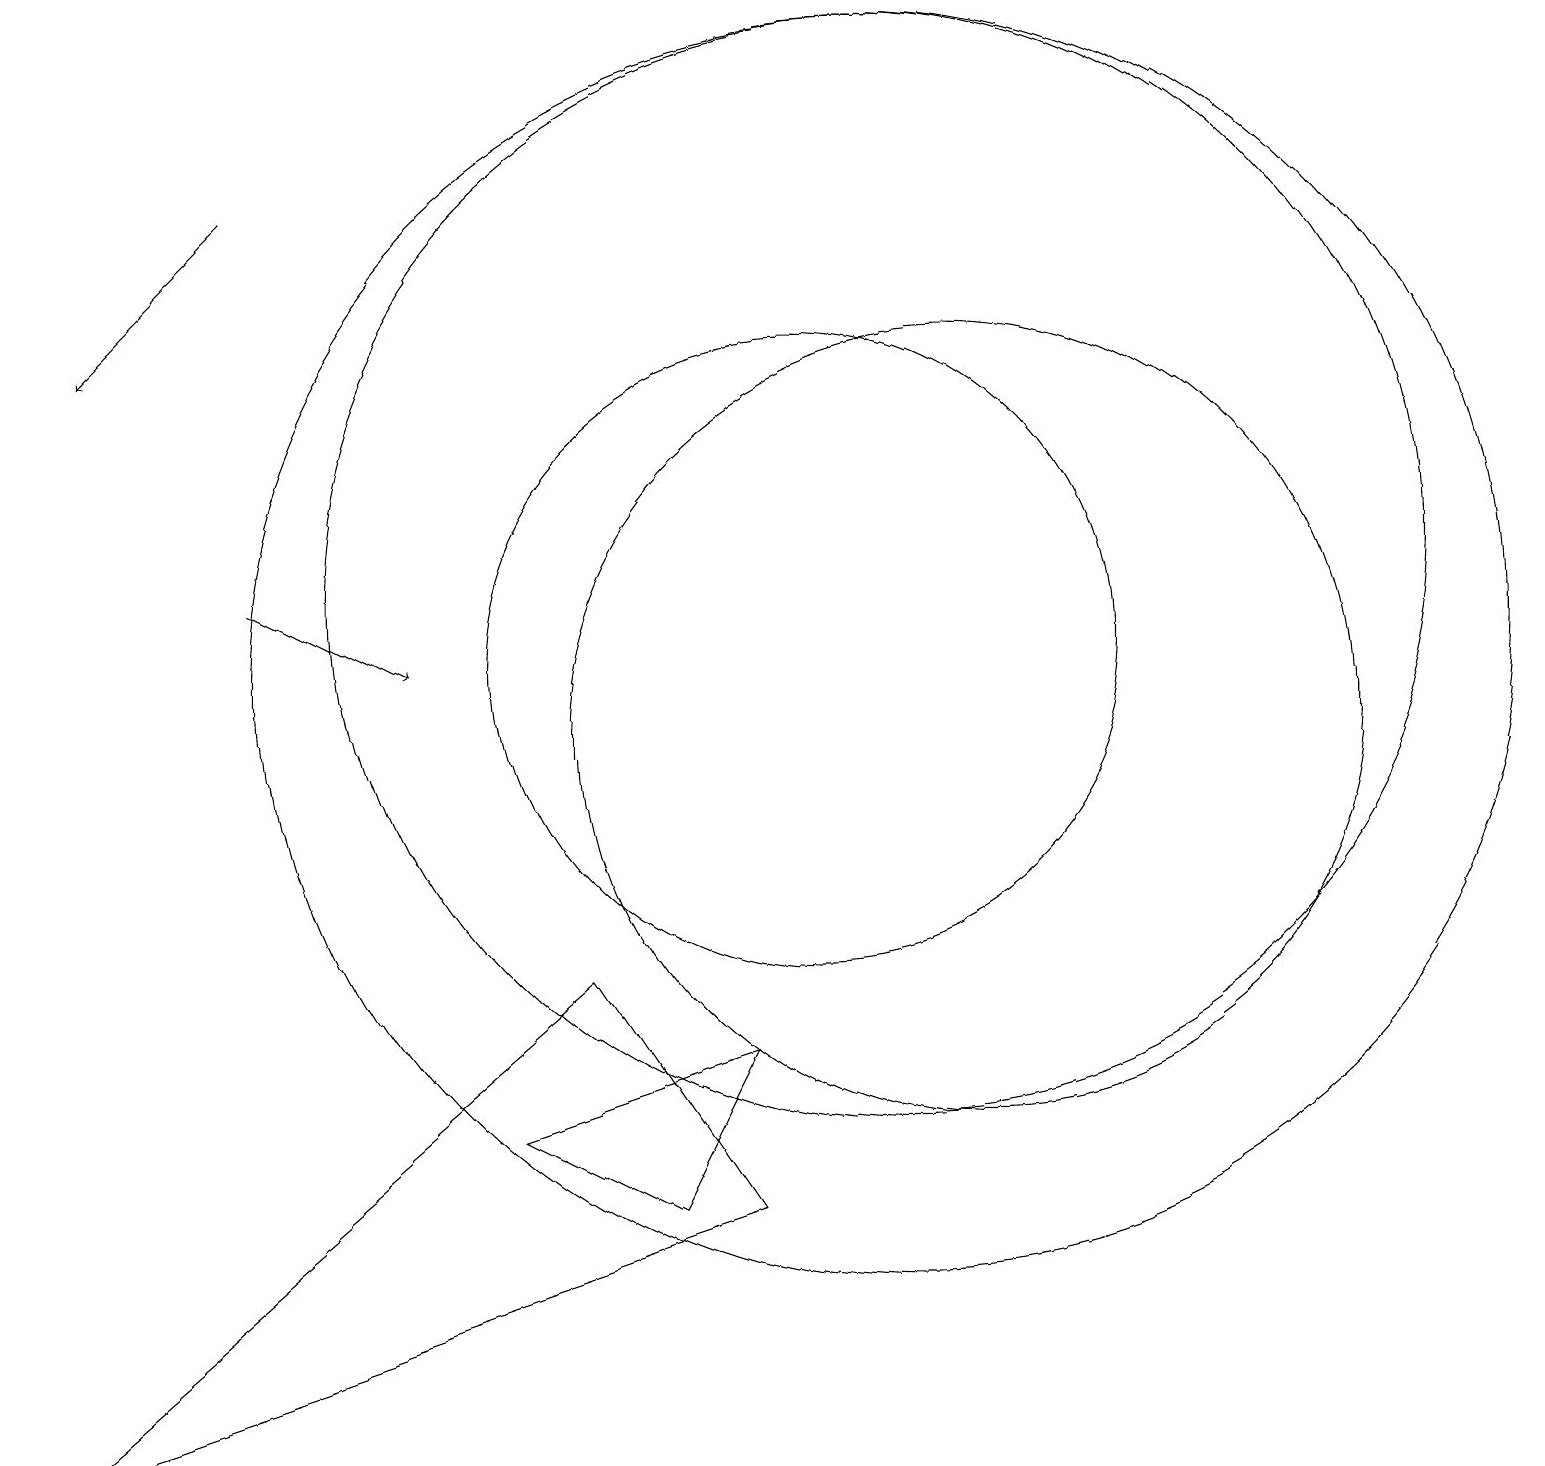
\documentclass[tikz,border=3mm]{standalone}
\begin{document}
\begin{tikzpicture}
\draw (12,10) circle (5);
\draw (8,4) -- (6,5) -- (9,6) -- cycle;
\draw (10,11) circle (4);
\draw (0,1) -- (7,7) -- (9,4) -- cycle;
\draw[->] (3,12) -- (5,11);
\draw[->] (3,17) -- (1,15);
\draw (11,11) circle (8);
\draw (11,12) circle (7);
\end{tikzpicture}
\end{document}